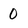
Character: 0